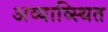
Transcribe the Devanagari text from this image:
अव्याव्स्थित